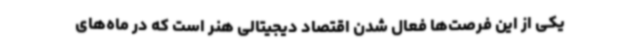
یکی از این فرصت‌ها فعال شدن اقتصاد دیجیتالی هنر است که در ماه‌های